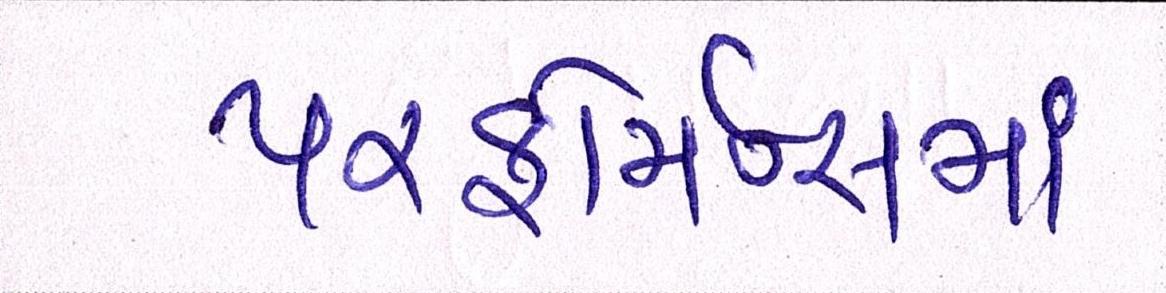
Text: પરફોર્મન્સમાં